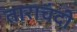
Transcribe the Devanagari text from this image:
ताराचंदी